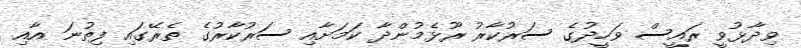
ވިދާޅުވީ ރައީސް ވަހީދުގެ ސަރުކާރު ރޫޅެމުންދާ ކަމަށާއި ސަރުކާރުގެ ތެރޭގައި ފިތުނަ އާއި